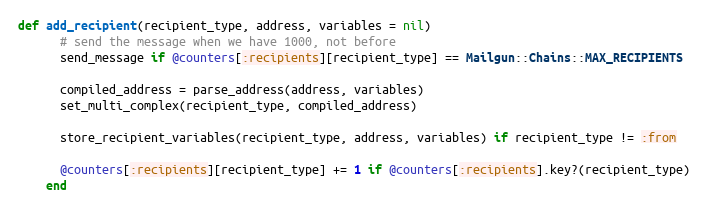
Language: Ruby
def add_recipient(recipient_type, address, variables = nil)
      # send the message when we have 1000, not before
      send_message if @counters[:recipients][recipient_type] == Mailgun::Chains::MAX_RECIPIENTS

      compiled_address = parse_address(address, variables)
      set_multi_complex(recipient_type, compiled_address)

      store_recipient_variables(recipient_type, address, variables) if recipient_type != :from

      @counters[:recipients][recipient_type] += 1 if @counters[:recipients].key?(recipient_type)
    end